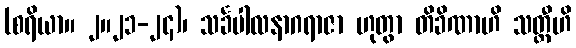
(စရိယာ။ ၂။၂၁-၂၄)၊ သင်္ခပါလနာဂရာဇာ ဟုတွာ တိခိဏာဟိ သတ္တီဟိ